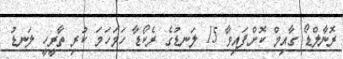
ރޮނާލްޑޯ ގާއިމް ކޮށްފައިވާ 15 ލަނޑުގެ ރެކޯޑާ ހަމަހަމަ ކުރި ތާރީހީ ލަނޑު